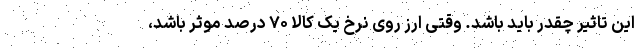
این تاثیر چقدر باید باشد. وقتی ارز روی نرخ یک کالا ۷۰ درصد موثر باشد،